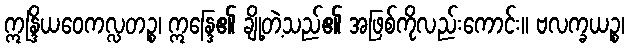
ဣန္ဒြိယဝေကလ္လတဉ္စ၊ ဣန္ဒြေ၏ ချို့တဲ့သည်၏ အဖြစ်ကိုလည်းကောင်း။ ဗလက္ခယဉ္စ၊